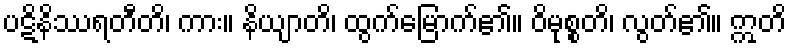
ပဋိနိဿရတီတိ၊ ကား။ နိယျာတိ၊ ထွက်မြောက်၏။ ဝိမုစ္စတိ၊ လွတ်၏။ ဣတိ